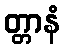
တ္တာနံ